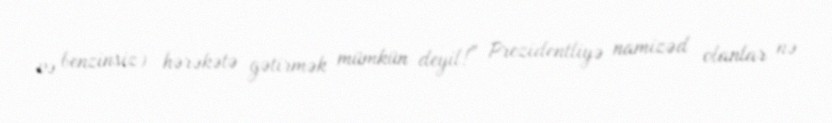
və benzinsiz) hərəkətə gətirmək mümkün deyil!” Prezidentliyə namizəd olanlar nə